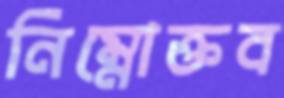
নিম্নোক্তব